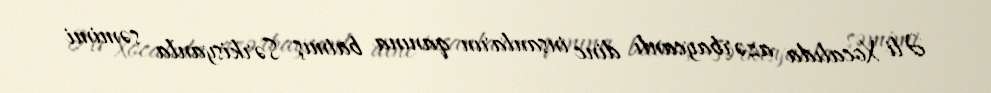
Əli Xocalıda azərbaycanlı dinc insanların qanına batmış Sərkisyanla səmimi